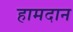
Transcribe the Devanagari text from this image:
हामदान